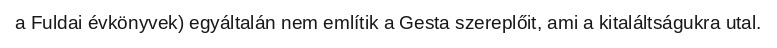
a Fuldai évkönyvek) egyáltalán nem említik a Gesta szereplőit, ami a kitaláltságukra utal.